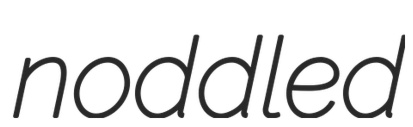
noddled